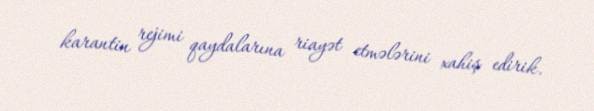
karantin rejimi qaydalarına riayət etmələrini xahiş edirik.